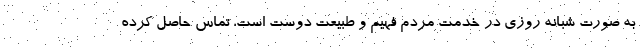
به صورت شبانه روزی در خدمت مردم فهیم و طبیعت دوست است، تماس حاصل کرده